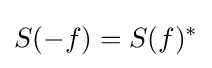
S(-f)=S(f)^{*}